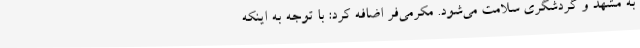
به مشهد و گردشگری سلامت می‌شود. مکرمی‌فر اضافه کرد: با توجه به اینکه